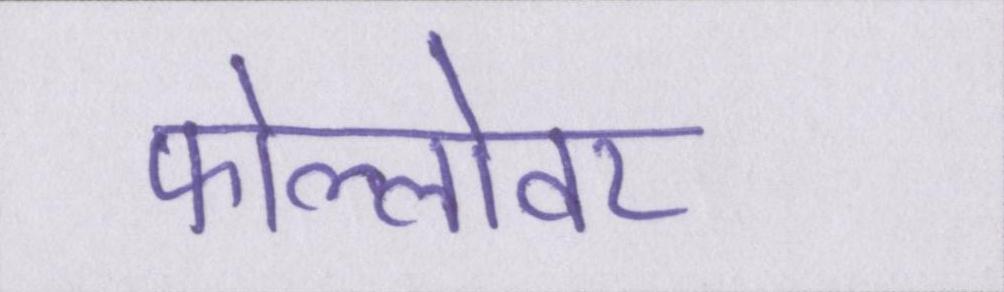
फोल्लोवर